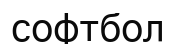
софтбол